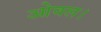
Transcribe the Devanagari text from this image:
ओवल।